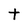
Character: t